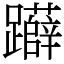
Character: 𨇨